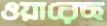
ওয়ারেছ